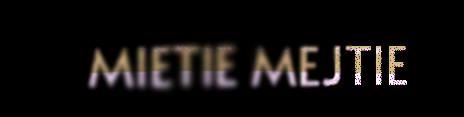
MIETIE MEJTIE